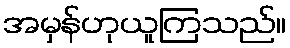
အမှန်ဟုယူကြသည်။